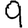
Digit: 9